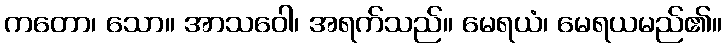
ကတော၊ သော။ အာသဝေါ၊ အရက်သည်။ မေရယံ၊ မေရယမည်၏။